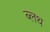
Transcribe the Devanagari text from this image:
ब्लथ